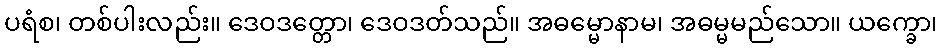
ပရံစ၊ တစ်ပါးလည်း။ ဒေဝဒတ္တော၊ ဒေဝဒတ်သည်။ အဓမ္မောနာမ၊ အဓမ္မမည်သော။ ယက္ခော၊